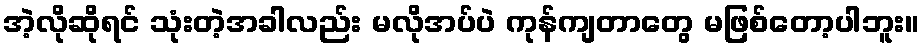
အဲ့လိုဆိုရင် သုံးတဲ့အခါလည်း မလိုအပ်ပဲ ကုန်ကျတာတွေ မဖြစ်တော့ပါဘူး။